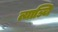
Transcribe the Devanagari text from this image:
त्याञ्चि